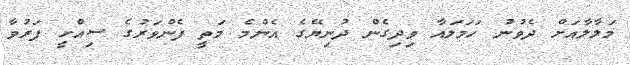
މަލާލާއަށް ދެވުނު ހަމަލައާ ވިދިގެން ދުނިޔޭގެ އެންމެ މަތީ ފެންވަރުގެ ސިއްހީ ފަރުވާ